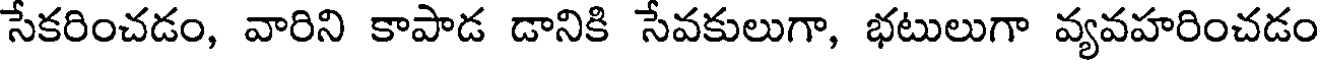
సేకరించడం, వారిని కాపాడ డానికి సేవకులుగా, భటులుగా వ్యవహరించడం